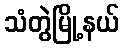
သံတွဲမြို့နယ်